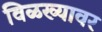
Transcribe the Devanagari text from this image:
विळख्यावर